Report on the working of the Ranchi Indian Mental Hospital, Kanke, in Bihar and Orissa - 1930-1940
Year: 1930
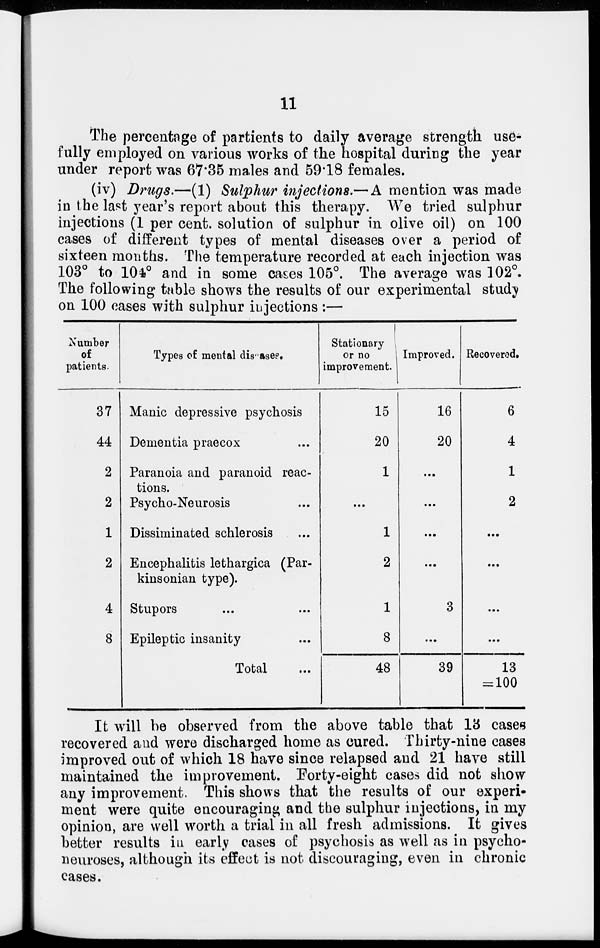
11
The percentage of partients to daily average strength use-
fully employed on various works of the hospital during the year
under report was 67.35 males and 59.18 females.
(iv) Drugs.—(1) Sulphur injections.— A mention was made
in the last year's report about this therapy. We tried sulphur
injections (1 per cent. solution of sulphur in olive oil) on 100
cases of different types of mental diseases over a period of
sixteen months. The temperature recorded at each injection was
103° to 104° and in some cases 105°. The average was 102°.
The following table shows the results of our experimental study
on 100 cases with sulphur injections :—
Number
of
patients.
37
44
2
2
1
2
4
8
Types of mental diseases.
Manie depressive psychosis
Dementia praecox ...
Paranoia and paranoid reac-
tions.
Psycho-Neurosis ...
Dissiminated schlerosis ...
Encephalitis lethargica (Par-
kinsonian type).
Stupors ... ...
Epileptic insanity ...
Total ...
Stationary
or no
improvement.
15
20
1
...
1
2
1
8
48
Improved.
16
20
...
...
...
...
3
...
39
Recovered,
6
4
1
2
...
...
...
...
13
= 100
It will be observed from the above table that 13 cases
recovered and were discharged home as cured. Thirty-nine cases
improved out of which 18 have since relapsed and 21 have still
maintained the improvement. Forty-eight cases did not show
any improvement. This shows that the results of our experi-
ment were quite encouraging and the sulphur injections, in my
opinion, are well worth a trial in all fresh admissions. It gives
better results in early cases of psychosis as well as in psycho-
neuroses, although its effect is not discouraging, even in chronic
cases.